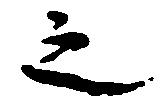
之